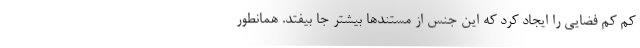
کم کم فضایی را ایجاد کرد که این جنس از مستندها بیشتر جا بیفتد. همانطور